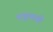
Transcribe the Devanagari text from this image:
शत्रूच्याही